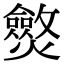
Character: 𤒥